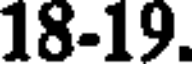
18-19.